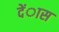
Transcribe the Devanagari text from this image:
देंास